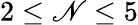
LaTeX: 2\leq\mathscr{N}\leq5